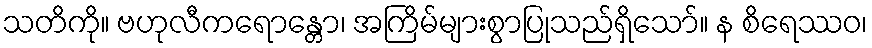
သတိကို။ ဗဟုလီကရောန္တော၊ အကြိမ်များစွာပြုသည်ရှိသော်။ န စိရေဿဝ၊